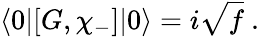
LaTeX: \langle 0|[G,\chi_{-}]|0\rangle=i\sqrt{f}~.